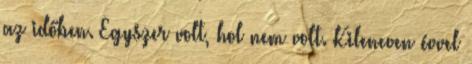
az időben. Egyszer volt, hol nem volt. Kilencven évvel